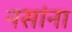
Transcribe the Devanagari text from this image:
नसांना